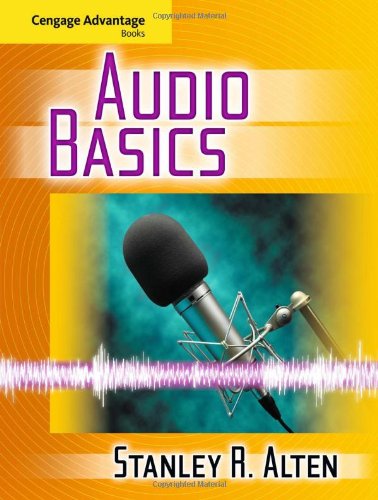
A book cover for Cengage Advantage Books: Audio Basics; Stanley R. Alten; Humor & Entertainment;